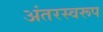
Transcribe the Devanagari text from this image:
अंतरस्वरूप